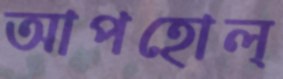
আপহোল্